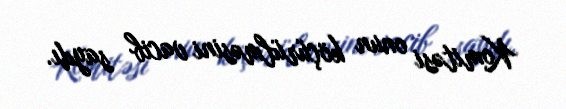
Komitəsi onun köçürülməsini vacib saydı.